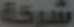
شركة